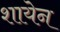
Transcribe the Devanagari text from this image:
शायेन